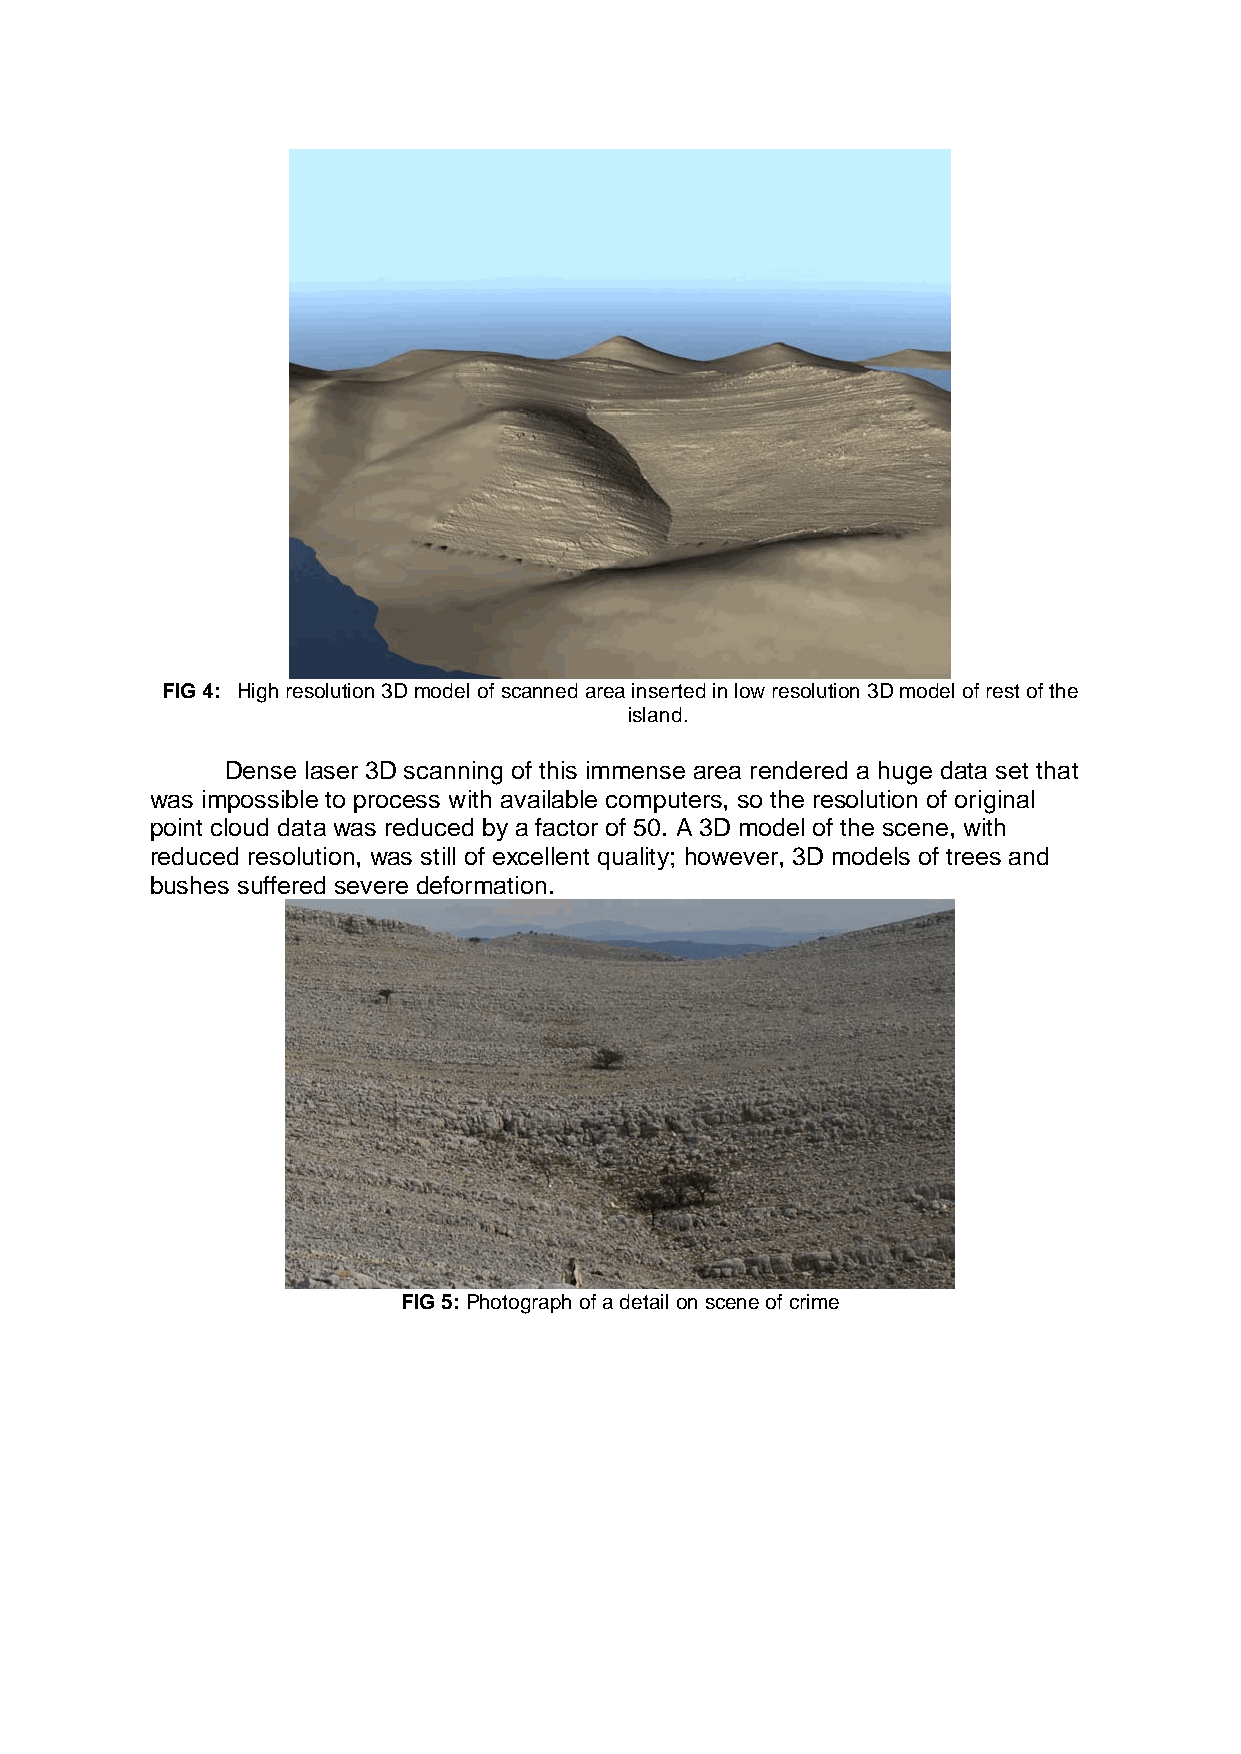
FIG 4: High resolution 3D model of scanned area inserted in low resolution 3D model of rest of the
 island.
 Dense laser 3D scanning of this immense area rendered a huge data set that
 was impossible to process with available computers, so the resolution of original
 point cloud data was reduced by a factor of 50. A 3D model of the scene, with
 reduced resolution, was still of excellent quality; however, 3D models of trees and
 bushes suffered severe deformation.
 FIG 5: Photograph of a detail on scene of crime